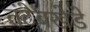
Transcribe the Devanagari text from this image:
तंटेबखेडे